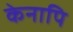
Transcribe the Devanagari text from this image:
केनापि